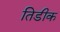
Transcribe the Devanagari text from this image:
तिडीक